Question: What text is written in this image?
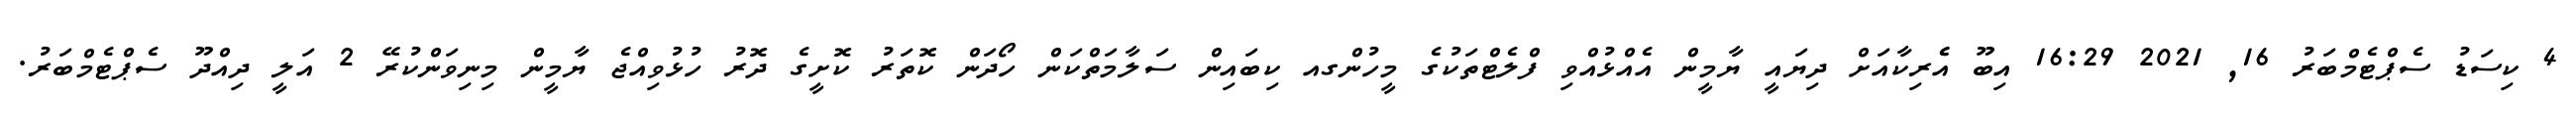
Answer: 4 ކިސަޑު ސެޕްޓެމްބަރު 16, 2021 16:29 އިބޫ އެެރިކާއަށް ދިޔައީ ޔާމީން އެއްޅުއްވި ފްލެޓްތަކުގެ މީހުންގއ ކިބައިން ސަލާމަތްކަން ހޯދަން ކޮތަރު ކޮށީގެ ދޮރު ހުޅުވިއްޖެ ޔާމީން މިނިވަންކުރޭ 2 އަލީ ދިއްދޫ ސެޕްޓެމްބަރު.